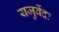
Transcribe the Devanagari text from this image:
यजुर्वेदः